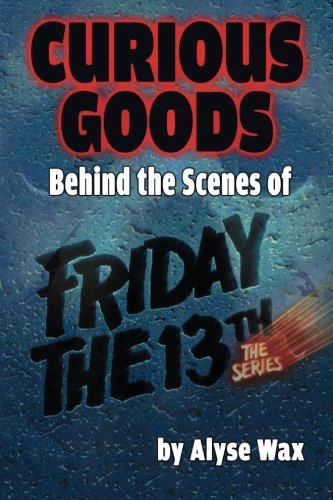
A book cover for Curious Goods: Behind the Scenes of Friday the 13th: The Series; Alyse Wax; Humor & Entertainment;